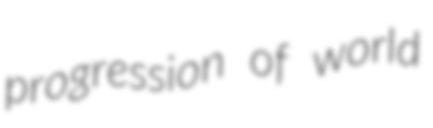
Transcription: progression of world